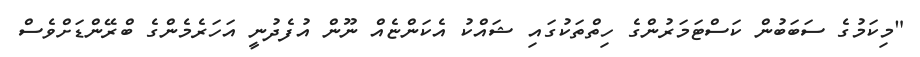
"މިކަމުގެ ސަބަބުން ކަސްޓަމަރުންގެ ހިތްތަކުގައި ޝައްކު އެކަންޏެއް ނޫން އުފެދުނީ އަހަރެމެންގެ ބްރޭންޑަށްވެސް